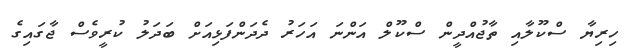
ހިރިޔާ ސްކޫލާއި ތާޖުއްދީން ސްކޫލް އަންނަ އަހަރު ދެދަންފަޅިއަށް ބަދަލު ކުރީވެސް ޖާގައިގެ